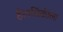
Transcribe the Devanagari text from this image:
हेलसिंकीला